Civil Veterinary Department. Madras. Admin. report 1926-33 - 1926-1933
Year: 1926
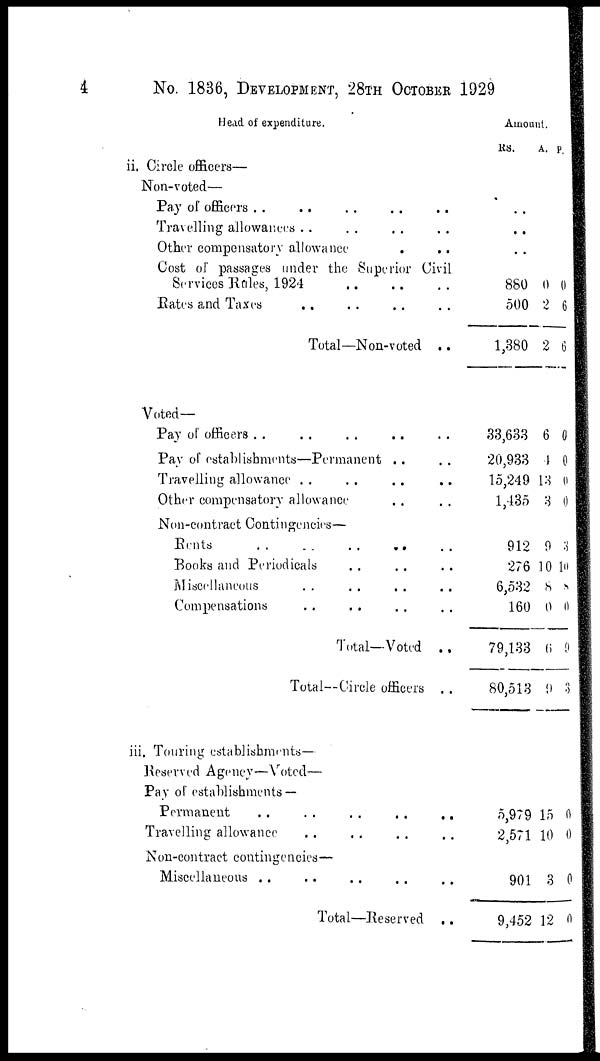
4
No. 1836, DEVELOPMENT, 28TH OCTOBER 1929
Head of expenditure.
ii. Circle officers—
Non-voted—
Pay of officers .. .. .. .. ..
Travelling allowances .. .. .. ..
Other compensatory allowance .. ..
Cost of passages tinder the Superior Civil
Services Rules, 1924 .. .. .. ..
Rates and Taxes .. .. .. ..
Total—Non-voted ..
Amount.
RS.
.
..
..
880
500
1,380
A.
0
2
2
p.
0
6
6
Voted—
Pay of officers .. .. .. ..
Pay of establishments—Permanent .. ..
Travelling allowance .. .. .. ..
Other compensatory allowance .. ..
Non-contract Contingencies—
Rents .. .. .. ..
Books and Periodicals .. .. ..
Miscellaneous .. .. .. ..
Compensations .. .. .. ..
Total—Voted ..
Total—Circle officers ..
33,633
20,933
15,249
1,435
912
276
6,532
160
79,133
80,513
6
4
18
3
9
10
8
0
6
9
0
0
0
0
3
10
8
0
9
3
iii. Touring establishments—
Reserved Agency—Voted—
Pay of establishments—
Permanent .. .. .. .. ..
Travelling allowance .. .. .. ..
Non-contract contingencies—
Total—Reserved ..
5,979
2,571
901
9,452
15
10
3
12
0
0
0
0